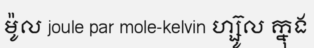
ម៉ូល joule par mole-kelvin ហ្ស៊ូល ក្នុង